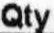
QTY